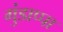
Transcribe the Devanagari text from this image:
गुंडाप्पा